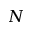
N